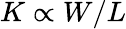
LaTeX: K\propto W/L